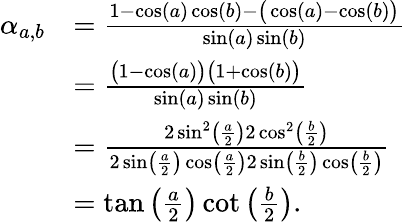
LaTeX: \begin{array}{rl}{\alpha_{a,b}}&{=\frac{1-\cos(a)\cos(b)-\big(\cos(a)-\cos(b)\big)}{\sin(a)\sin(b)}}\\ &{=\frac{\big(1-\cos(a)\big)\big(1+\cos(b)\big)}{\sin(a)\sin(b)}}\\ &{=\frac{2\sin^{2}\left(\frac{a}{2}\right)2\cos^{2}\left(\frac{b}{2}\right)}{2\sin\left(\frac{a}{2}\right)\cos\left(\frac{a}{2}\right)2\sin\left(\frac{b}{2}\right)\cos\left(\frac{b}{2}\right)}}\\ &{=\tan\left(\frac{a}{2}\right)\cot\left(\frac{b}{2}\right).}\end{array}